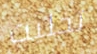
تخليت